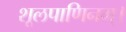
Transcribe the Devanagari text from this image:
शूलपाणिनम्।